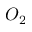
O _ { 2 }